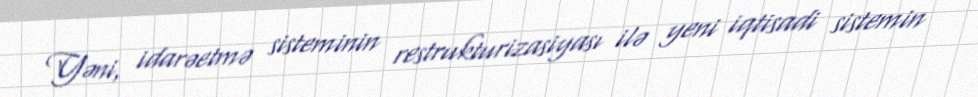
Yəni, idarəetmə sisteminin restrukturizasiyası ilə yeni iqtisadi sistemin